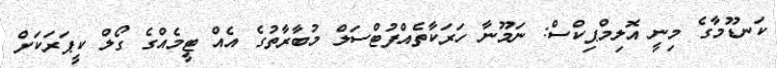
ކަނޑޫމާގެ މިނީ އޮލިމްޕިކްސް: ނަމޫނާ ހަރަކާތެއްފުޓްސަލް މުބާރާތުގެ އެއް ޓީމެއްގެ ގޯލް ކީޕަރަކަށް